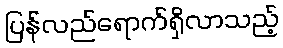
ပြန်လည်ရောက်ရှိလာသည့်